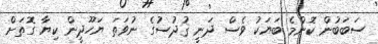
ސަބަބުން ކޮންމެ ބަޔަކު ވެސް ދަނީ ޤުދުސުގެ ނުވަތަ ޔަހޫދީން ކިޔާ ގޮތަށް